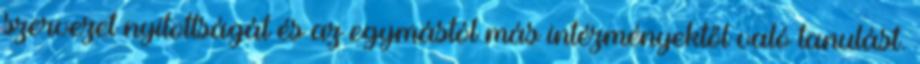
szervezet nyitottságát és az egymástól más intézményektől való tanulást.